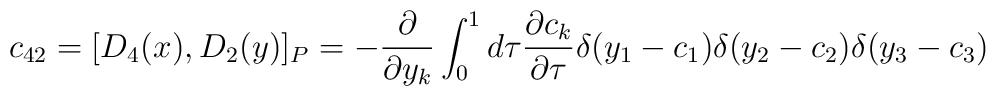
c_{42} = [D_{4}(x), D_{2}(y)]_{P} = - \frac{\partial}{\partial y_{k}}\int_{0}^{1} d \tau \frac{\partial c_{k}}{\partial \tau} \delta(y_{1}- c_{1}) \delta(y_{2} - c_{2}) \delta(y_{3} - c_{3})